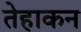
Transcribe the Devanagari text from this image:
तेहाकन